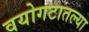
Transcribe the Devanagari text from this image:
वयोगटातल्या